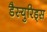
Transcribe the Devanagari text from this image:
डैस्युरिड्स